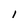
Character: I